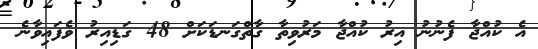
އެ ކުއްޖާ ފެނުނު އިރު ކުއްޖާ މަރުވިތާ ގާތްގަނޑަކަށް 48 ގަޑިއިރު ވެފައިވާނެ